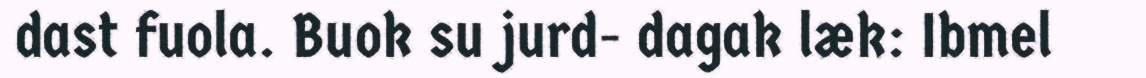
dast fuola. Buok su jurd- dagak læk: Ibmel